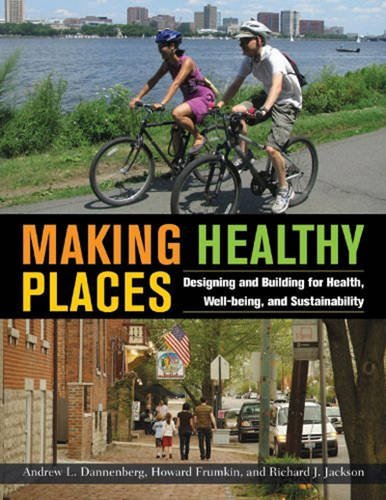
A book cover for Making Healthy Places: Designing and Building for Health, Well-being, and Sustainability; Politics & Social Sciences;